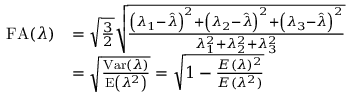
\begin{array} { r l } { \mathrm { F A } ( \lambda ) } & { = \sqrt { \frac { 3 } { 2 } } \sqrt { \frac { \left( \lambda _ { 1 } - \hat { \lambda } \right) ^ { 2 } + \left( \lambda _ { 2 } - \hat { \lambda } \right) ^ { 2 } + \left( \lambda _ { 3 } - \hat { \lambda } \right) ^ { 2 } } { \lambda _ { 1 } ^ { 2 } + \lambda _ { 2 } ^ { 2 } + \lambda _ { 3 } ^ { 2 } } } } \\ & { = \sqrt { \frac { \mathrm { V a r } ( \lambda ) } { \mathrm { E } \left( \lambda ^ { 2 } \right) } } = \sqrt { 1 - \frac { E ( \lambda ) ^ { 2 } } { E ( \lambda ^ { 2 } ) } } } \end{array}